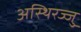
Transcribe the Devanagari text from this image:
अस्थिरज्जु